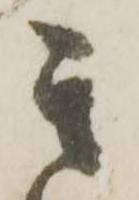
其